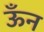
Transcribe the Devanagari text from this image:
ऊँन